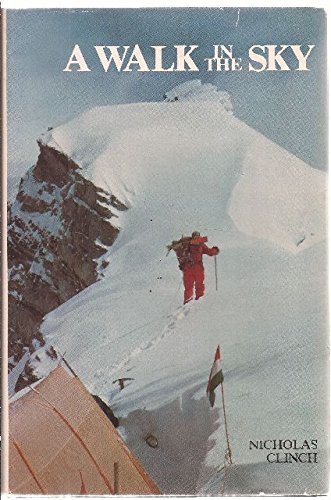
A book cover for A Walk in the Sky: Climbing Hidden Peak; Nicholas Clinch; Travel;